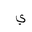
Letter: _ya